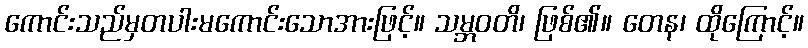
ကောင်းသည်မှတပါးမကောင်းသောအားဖြင့်။ သမ္ဘဝတိ၊ ဖြစ်၏။ တေန၊ ထိုကြောင့်။